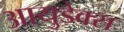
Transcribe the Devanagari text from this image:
आयुडेक्स